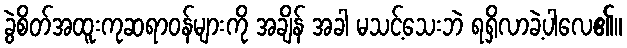
ခွဲစိတ်အထူးကုဆရာဝန်များကို အချိန် အခါ မသင့်သေးဘဲ ရရှိလာခဲ့ပါလေ၏။